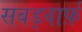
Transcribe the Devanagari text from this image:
सबड्वार्फ़